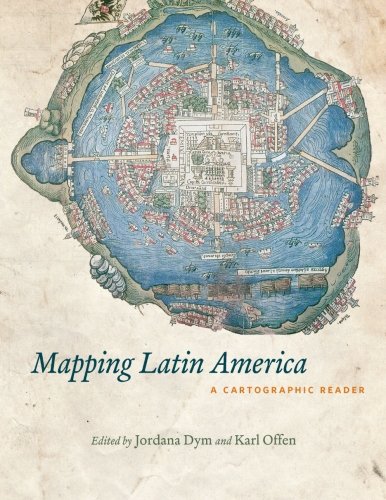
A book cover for Mapping Latin America: A Cartographic Reader; Science & Math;